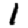
Digit: 1